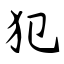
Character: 犯